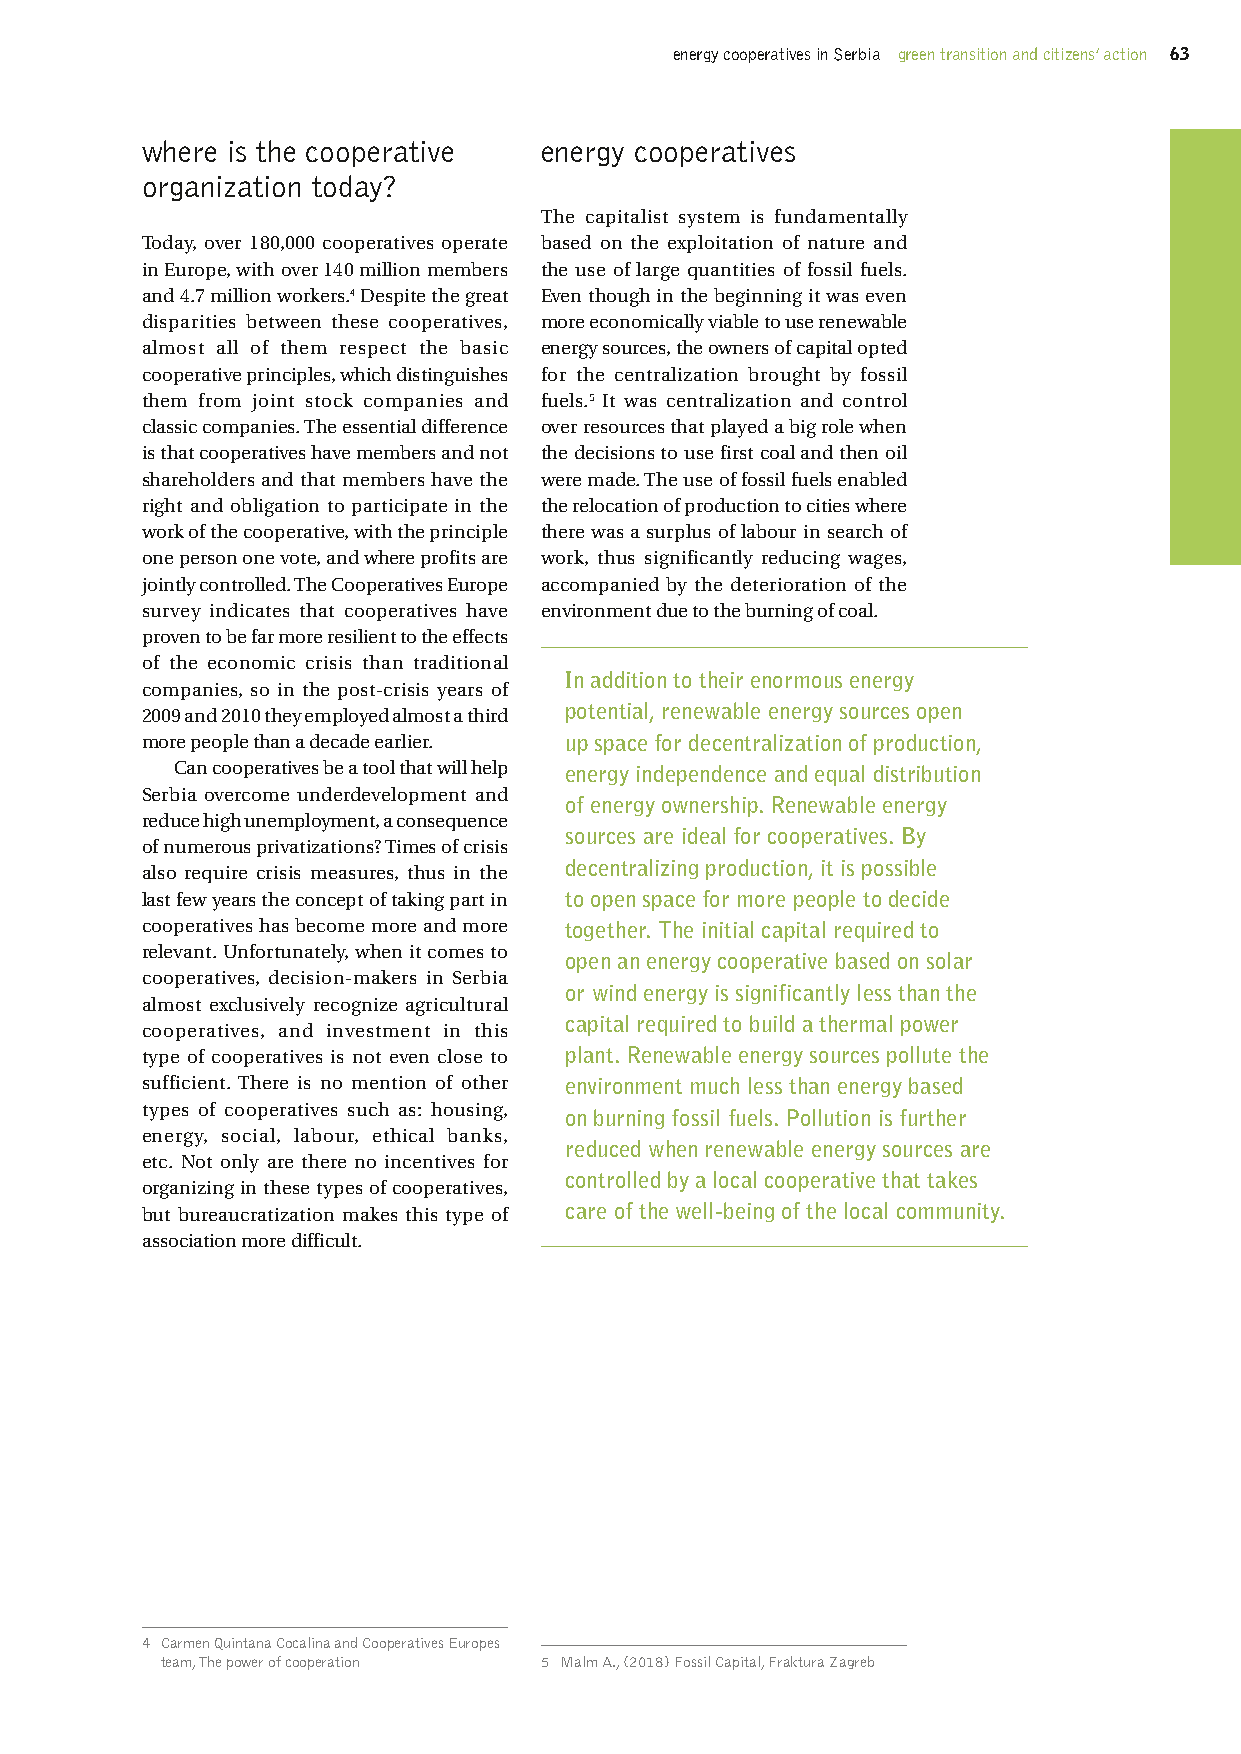
energy cooperatives in Serbia green transition and citizens’ action 63
 where is the cooperative   energy cooperatives
 organization today?
 The capitalist system is fundamentally
 Today, over 180,000 cooperatives operate based on the exploitation of nature and
 in Europe, with over 140 million members the use of large quantities of fossil fuels.
 and 4.7 million workers.4 Despite the great Even though in the beginning it was even
 disparities between these cooperatives, more economically viable to use renewable
 almost all of them respect the basic energy sources, the owners of capital opted
 cooperative principles, which distinguishes for the centralization brought by fossil
 them from joint stock companies and fuels.5 It was centralization and control
 classic companies. The essential difference over resources that played a big role when
 is that cooperatives have members and not the decisions to use first coal and then oil
 shareholders and that members have the were made. The use of fossil fuels enabled
 right and obligation to participate in the the relocation of production to cities where
 work of the cooperative, with the principle there was a surplus of labour in search of
 one person one vote, and where profits are work, thus significantly reducing wages,
 jointly controlled. The Cooperatives Europe accompanied by the deterioration of the
 survey indicates that cooperatives have environment due to the burning of coal.
 proven to be far more resilient to the effects
 of the economic crisis than traditional
 In addition to their enormous energy
 companies, so in the post-crisis years of
 2009 and 2010 they employed almost a third potential, renewable energy sources open
 more people than a decade earlier. up space for decentralization of production,
 Can cooperatives be a tool that will help energy independence and equal distribution
 Serbia overcome underdevelopment and
 of energy ownership. Renewable energy
 reduce high unemployment, a consequence
 sources are ideal for cooperatives. By
 of numerous privatizations? Times of crisis
 decentralizing production, it is possible
 also require crisis measures, thus in the
 last few years the concept of taking part in to open space for more people to decide
 cooperatives has become more and more together. The initial capital required to
 relevant. Unfortunately, when it comes to
 open an energy cooperative based on solar
 cooperatives, decision-makers in Serbia
 or wind energy is significantly less than the
 almost exclusively recognize agricultural
 capital required to build a thermal power
 cooperatives, and investment in this
 type of cooperatives is not even close to plant. Renewable energy sources pollute the
 sufficient. There is no mention of other environment much less than energy based
 types of cooperatives such as: housing,
 on burning fossil fuels. Pollution is further
 energy, social, labour, ethical banks,
 reduced when renewable energy sources are
 etc. Not only are there no incentives for
 controlled by a local cooperative that takes
 organizing in these types of cooperatives,
 but bureaucratization makes this type of care of the well-being of the local community.
 association more difficult.
 4 Carmen Quintana Cocalina and Cooperatives Europes
 team, The power of cooperation 5 Malm A., (2018) Fossil Capital, Fraktura Zagreb